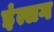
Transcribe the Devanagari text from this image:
इंत्सग